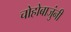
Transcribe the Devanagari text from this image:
चोहोबाजुंनी